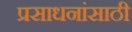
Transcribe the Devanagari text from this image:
प्रसाधनांसाठी